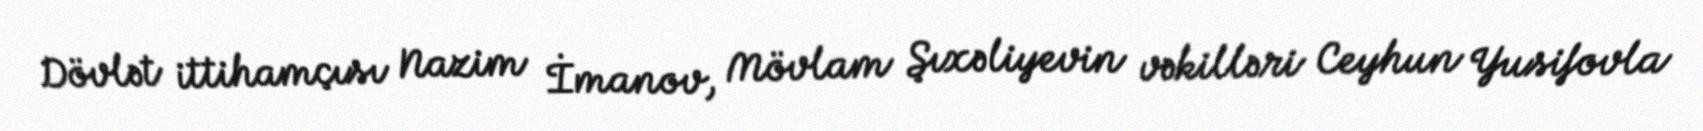
Dövlət ittihamçısı Nazim İmanov, Mövlam Şıxəliyevin vəkilləri Ceyhun Yusifovla